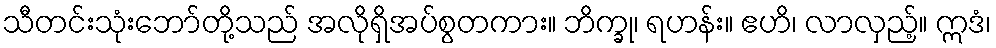
သီတင်းသုံးဘော်တို့သည် အလိုရှိအပ်စွတကား။ ဘိက္ခု၊ ရဟန်း။ ဧဟိ၊ လာလှည့်။ ဣဒံ၊